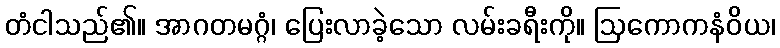
တံငါသည်၏။ အာဂတမဂ္ဂံ၊ ပြေးလာခဲ့သော လမ်းခရီးကို။ ဩကောကနံဝိယ၊